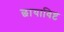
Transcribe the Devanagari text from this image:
छायाविष्ट